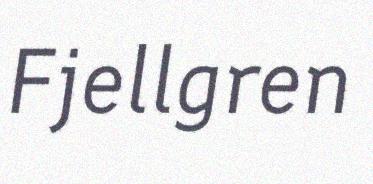
Fjellgren